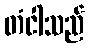
တံငါသည်